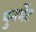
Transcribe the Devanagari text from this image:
पुनर्भेट